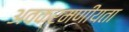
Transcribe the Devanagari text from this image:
अवक्रमणीयता